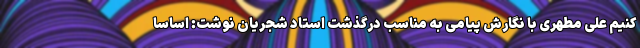
کنیم علی مطهری با نگارش پیامی به مناسب درگذشت استاد شجریان نوشت: اساسا